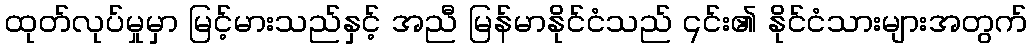
ထုတ်လုပ်မှုမှာ မြင့်မားသည်နှင့် အညီ မြန်မာနိုင်ငံသည် ၎င်း၏ နိုင်ငံသားများအတွက်